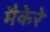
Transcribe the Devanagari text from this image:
मैकेरे